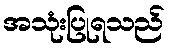
အသုံးပြုရသည်